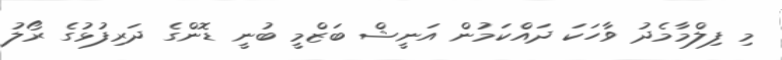
މި ފިލްމާމެދު ވާހަކަ ދައްކަމުން އަނީޝް ބަޒްމީ ބުނީ ޑޮންގެ ދަރިފުޅުގެ ރޯލު